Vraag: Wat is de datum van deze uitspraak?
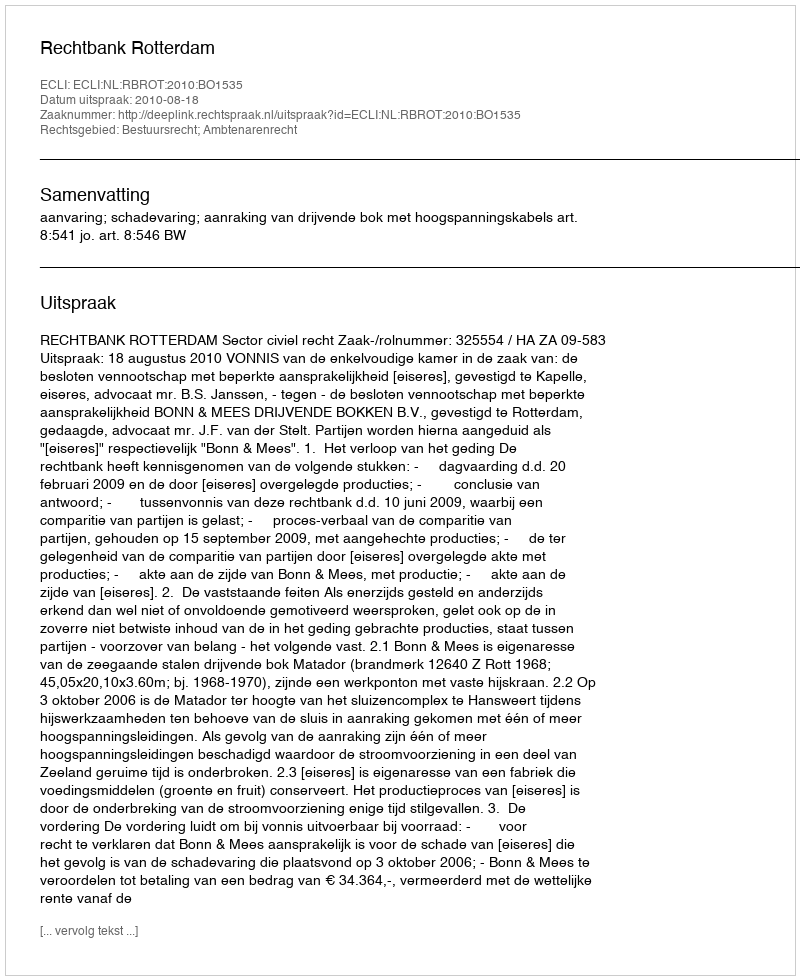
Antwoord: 2010-08-18